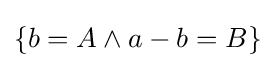
\{b=A\wedge a-b=B\}